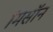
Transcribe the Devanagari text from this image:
मिसॉन